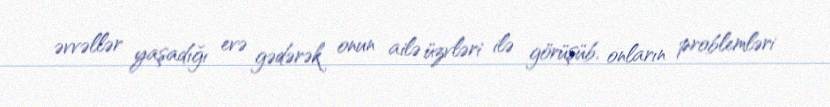
əvvəllər yaşadığı evə gədərək onun ailə üzvləri ilə görüşüb, onların problemləri